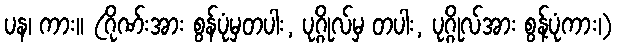
ပန၊ ကား။ (ဂိုဏ်းအား စွန်ပုံမှတပါး, ပုဂ္ဂိုလ်မှ တပါး, ပုဂ္ဂိုလ်အား စွန့်ပုံကား၊)